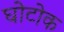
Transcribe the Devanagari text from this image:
घोटोक